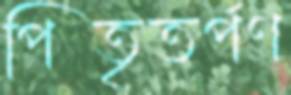
পিতৃতর্পণ